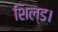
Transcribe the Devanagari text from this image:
शिल्ड।